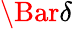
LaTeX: \Bar{\delta}